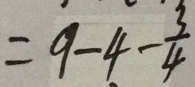
= 9 - 4 - \frac { 3 } { 4 }